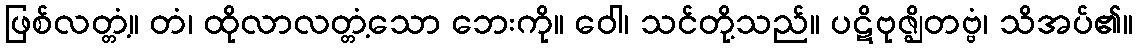
ဖြစ်လတ္တံ့။ တံ၊ ထိုလာလတ္တံ့သော ဘေးကို။ ဝေါ၊ သင်တို့သည်။ ပဋိဗုဇ္ဈိတဗ္ဗံ၊ သိအပ်၏။